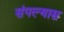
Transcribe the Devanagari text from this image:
संपल्यास